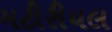
મટીરીયલ